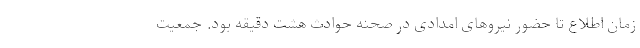
زمان اطلاع تا حضور نیروهای امدادی در صحنه حوادث هشت دقیقه بود. جمعیت